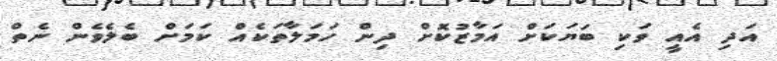
އަދި އެއީ ވަކި ބަޔަކަށް އަމާޒުކޮށް ދިން ހަމަލާތަކެއް ކަމަށް ބެލެވެން ނެތް